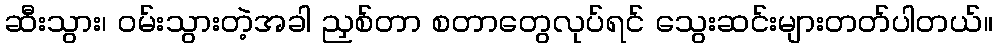
ဆီးသွား၊ ဝမ်းသွားတဲ့အခါ ညှစ်တာ စတာတွေလုပ်ရင် သွေးဆင်းများတတ်ပါတယ်။